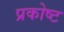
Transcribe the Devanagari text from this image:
प्रकोष्ट